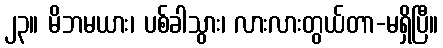
၂၃။ မိဘမယား၊ ပစ်ခါသွား၊ လားလားတွယ်တာ-မရှိပြီ။